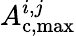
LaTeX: A_{\mathrm{c,max}}^{i,j}